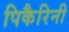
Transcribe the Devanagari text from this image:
पिकैरिनी